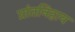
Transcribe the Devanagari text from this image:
प्रांतनिहाय